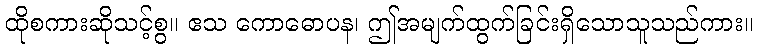
ထိုစကားဆိုသင့်စွ။ ဧသ ကောဓောပန၊ ဤအမျက်ထွက်ခြင်းရှိသောသူသည်ကား။